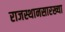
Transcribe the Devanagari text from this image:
राजस्थानसारख्या